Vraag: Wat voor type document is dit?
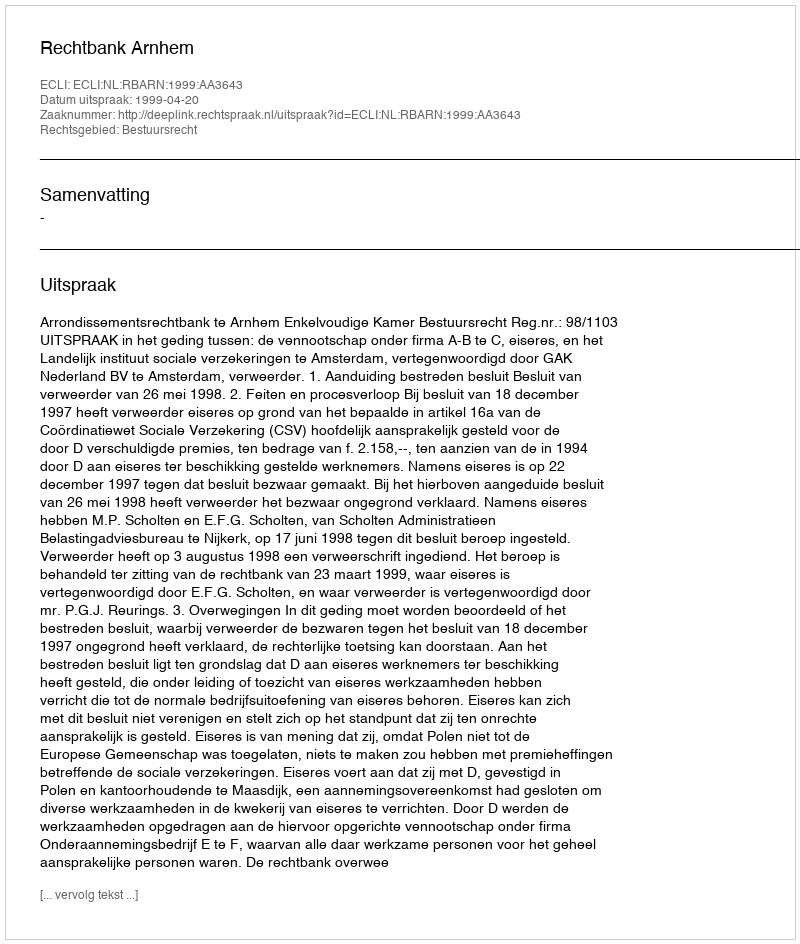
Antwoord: Uitspraak